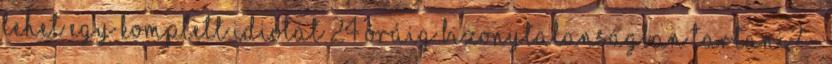
lehet egy komplett idiótát 24 óráig bizonytalanságban tartani? -